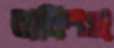
বাকিংহা